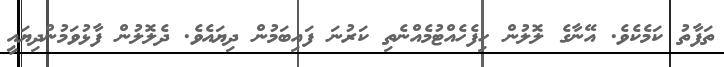
ތަފާތު ކަމެކެވެ. އޭނާގެ ލޮލުން ހިފެހެއްޓުމެއްނެތި ކަރުނަ ފައިބަމުން ދިޔައެވެ. ދެލޮލުން ފާޅުވަމުންދިޔައީ